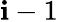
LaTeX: \mathbf{i}-1